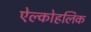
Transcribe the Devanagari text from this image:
ऐल्कोहलिक